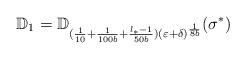
LaTeX: \begin{align*}\mathbb{D}_1=\mathbb{D}_{(\frac{1}{10}+\frac1{100b}+\frac{l_*-1}{50b})(\varepsilon+\delta)^{\frac{1}{8b}}}(\sigma^*)\end{align*}